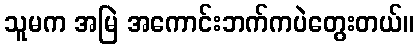
သူမက အမြဲ အကောင်းဘက်ကပဲတွေးတယ်။